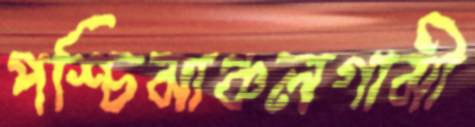
পশ্চিমাঞ্চলগামী